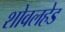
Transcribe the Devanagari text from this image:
शोवलहेड